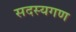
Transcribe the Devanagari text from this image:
सदस्‍यगण